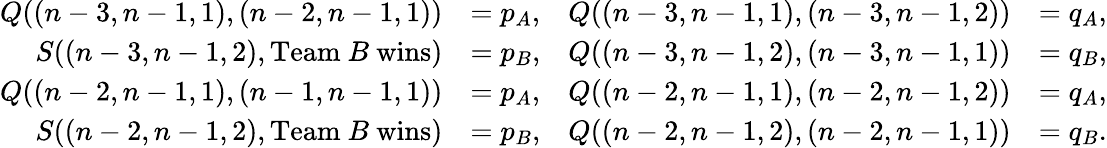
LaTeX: \begin{array}{rlrl}{Q((n-3,n-1,1),(n-2,n-1,1))}&{=p_{A},}&{Q((n-3,n-1,1),(n-3,n-1,2))}&{=q_{A},}\\ {S((n-3,n-1,2),\mathrm{Team~}B\mathrm{~wins})}&{=p_{B},}&{Q((n-3,n-1,2),(n-3,n-1,1))}&{=q_{B},}\\ {Q((n-2,n-1,1),(n-1,n-1,1))}&{=p_{A},}&{Q((n-2,n-1,1),(n-2,n-1,2))}&{=q_{A},}\\ {S((n-2,n-1,2),\mathrm{Team~}B\mathrm{~wins})}&{=p_{B},}&{Q((n-2,n-1,2),(n-2,n-1,1))}&{=q_{B}.}\end{array}